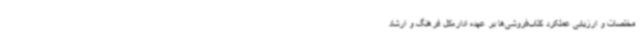
مختصات و ارزیابی عملکرد کتاب‌فروشی‌ها بر عهده اداره‌کل فرهنگ و ارشاد